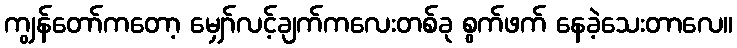
ကျွန်တော်ကတော့ မျှော်လင့်ချက်ကလေးတစ်ခု စွက်ဖက် နေခဲ့သေးတာလေ။